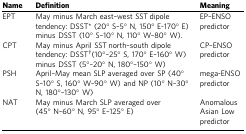
<table><thead><tr><td><b>Name</b></td><td><b>Definition</b></td><td><b>Meaning</b></td></tr></thead><tbody><tr><td>EPT</td><td>May minus March east–west SST dipole tendency: DSST* (20° S–5° N, 150° E-170° E) minus DSST (10° S–10° N, 110° W–80° W).</td><td>EP–ENSO predictor</td></tr><tr><td>CPT</td><td>May minus April SST north–south dipole tendency: DSST†(10°–25° S, 170° E–160° W) minus DSST (5°–20° N, 180°–150° W)</td><td>CP–ENSO predictor</td></tr><tr><td>PSH</td><td>April–May mean SLP averaged over SP (40° S–10° S, 160° W–90° W) and NP (10° N–30° N, 180°–130° W)</td><td>mega-ENSO predictor</td></tr><tr><td>NAT</td><td>May minus March SLP averaged over (45° N–60° N, 95° E–125° E)</td><td>Anomalous Asian Low predictor</td></tr></tbody></table>